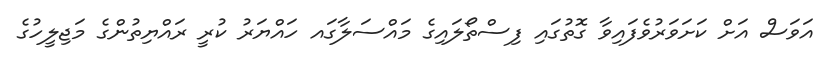
އަވަސް އަށް ކަށަވަރުވެފައިވާ ގޮތުގައި ފިސްތޯލައިގެ މައްސަލާގައ ހައްޔަރު ކުރީ ރައްޔިތުންގެ މަޖިލީހުގެ